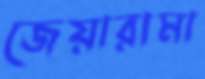
জেয়ারামা